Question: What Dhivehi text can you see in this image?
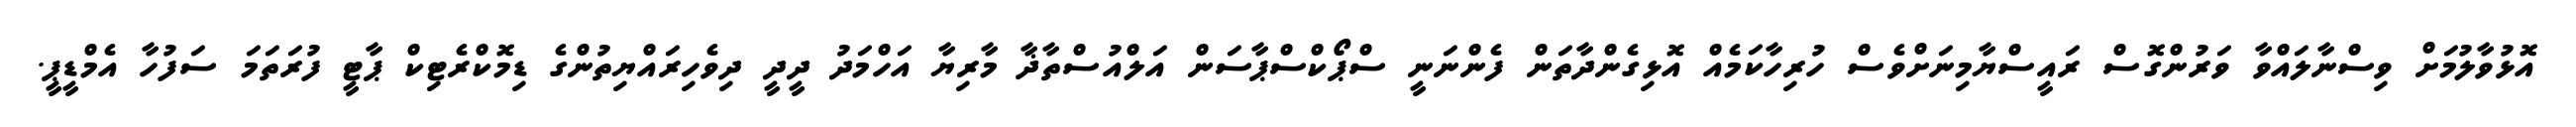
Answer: އޮޅުވާލުމަށް ވިސްނާލައްވާ ވަރުންގޮސް ރައީސްޔާމިނަށްވެސް ހުރިހާކަމެއް އޮޅިގެންދާތަން ފެންނަނީ ސްޕޯކްސްޕާސަން އަލްއުސްތާޛާ މާރިޔާ އަހްމަދު ދީދީ ދިވެހިރައްޔިތުންގެ ޑިމޮކްރެޓިކް ޕާޓީ ފުރަތަމަ ސަފުހާ އެމްޑީޕީ.